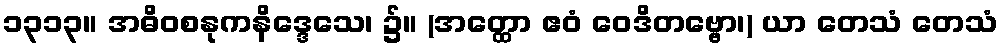
၁၃၁၃။ အဓိဝစနုကနိဒ္ဒေသေ၊ ၌။ (အတ္ထော ဧဝံ ဝေဒိတဗ္ဗော၊) ယာ တေသံ တေသံ